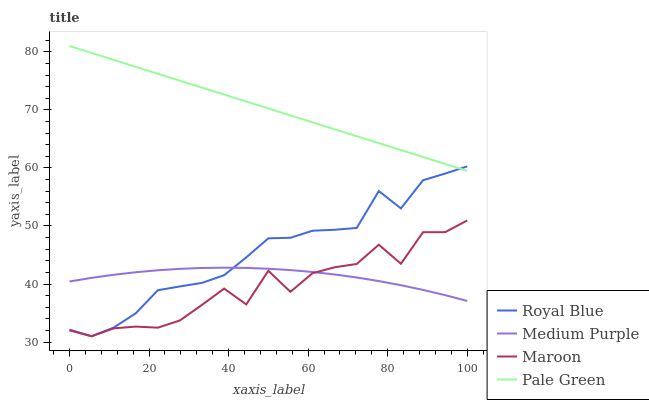
| xaxis_label | Royal Blue | Medium Purple | Maroon | Pale Green |
 | --- | --- | --- | --- | --- |
 | 0 | 32.1 | 40.4 | 32 | 81 |
 | 5.56 | 31 | 41.1 | 31 | 79.8 |
 | 11.1 | 32.5 | 41.6 | 32.4 | 78.6 |
 | 16.7 | 35 | 42 | 32.7 | 77.4 |
 | 22.2 | 38.9 | 42.4 | 32.5 | 76.2 |
 | 27.8 | 39.6 | 42.6 | 33.7 | 75 |
 | 33.3 | 40.2 | 42.8 | 36.4 | 73.8 |
 | 38.9 | 41.5 | 42.8 | 39.2 | 72.6 |
 | 44.4 | 44.6 | 42.8 | 36.5 | 71.4 |
 | 50 | 47.9 | 42.6 | 42.3 | 70.2 |
 | 55.6 | 48 | 42.4 | 38.7 | 69 |
 | 61.1 | 49.2 | 42.1 | 41.9 | 67.9 |
 | 66.7 | 49.3 | 41.6 | 42.9 | 66.7 |
 | 72.2 | 49.7 | 41.1 | 43.5 | 65.5 |
 | 77.8 | 56 | 40.5 | 46.8 | 64.3 |
 | 83.3 | 53 | 39.8 | 43.5 | 63.1 |
 | 88.9 | 57.9 | 39 | 48.9 | 61.9 |
 | 94.4 | 59 | 38.1 | 48.9 | 60.7 |
 | 100 | 60.3 | 37.1 | 50.9 | 59.5 |